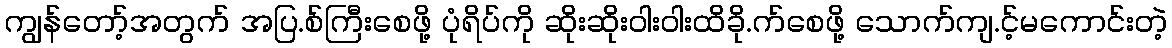
ကျွန်တော့်အတွက် အပြ.စ်ကြီးစေဖို့ ပုံရိပ်ကို ဆိုးဆိုးဝါးဝါးထိခို.က်စေဖို့ သောက်ကျ.င့်မကောင်းတဲ့